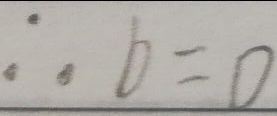
\therefore b = 0